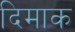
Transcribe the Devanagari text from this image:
दिमाक